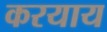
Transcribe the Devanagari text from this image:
करयाय